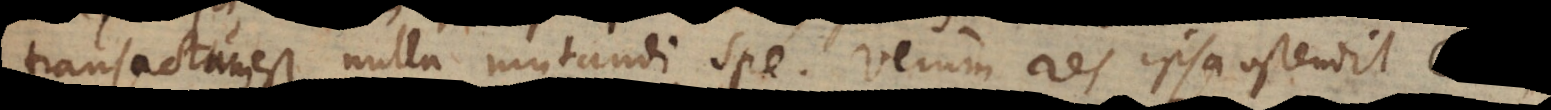
transactum est, nulla mutandi spe. Verum res ipsa ostendit